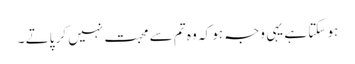
ہو سکتا ہے یہی وجہ ہو کہ وہ تم سے محبت نہیں کر پاتے ۔